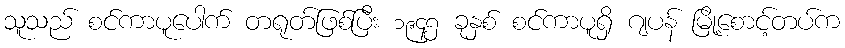
သူသည် စင်ကာပူပေါက် တရုတ်ဖြစ်ပြီး ၁၉၄၅ ခုနှစ် စင်ကာပူရှိ ဂျပန် မြို့စောင့်တပ်က